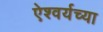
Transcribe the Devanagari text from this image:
ऐश्वर्यच्या